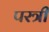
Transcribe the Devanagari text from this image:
परत्री